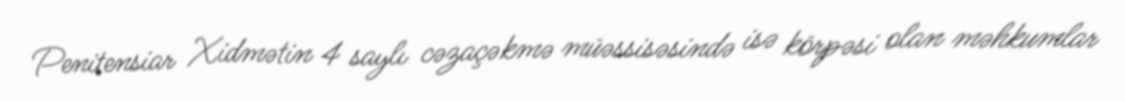
Penitensiar Xidmətin 4 saylı cəzaçəkmə müəssisəsində isə körpəsi olan məhkumlar